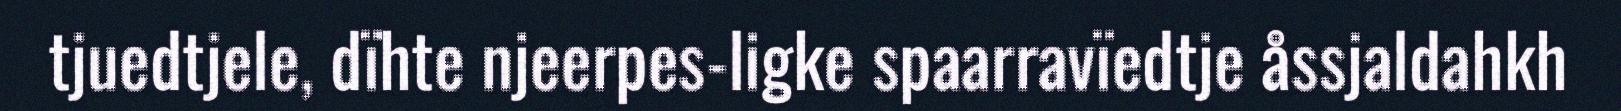
tjuedtjele, dïhte njeerpes-ligke spaarravïedtje åssjaldahkh